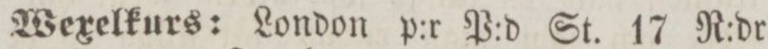
Wexelkurs: London p:r P:d St. 17 R:dr